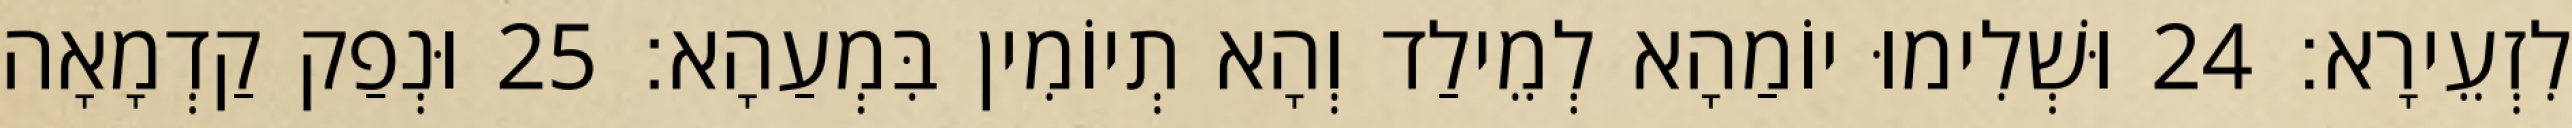
לִזְעֵירָא׃ 24 וּשְׁלִימוּ יוֹמַהָא לְמֵילַד וְהָא תְיוֹמִין בִּמְעַהָא׃ 25 וּנְפַק קַדְמָאָה